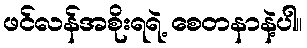
ဖင်လန်အစိုးရရဲ့ စေတနာနဲ့ပါ။